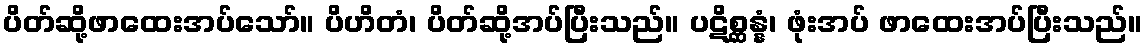
ပိတ်ဆို့ဖာထေးအပ်သော်။ ပိဟိတံ၊ ပိတ်ဆို့အပ်ပြီးသည်။ ပဋိစ္ဆန္နံ၊ ဖုံးအပ် ဖာထေးအပ်ပြီးသည်။